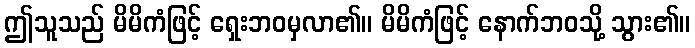
ဤသူသည် မိမိကံဖြင့် ရှေးဘဝမှလာ၏။ မိမိကံဖြင့် နောက်ဘဝသို့ သွား၏။